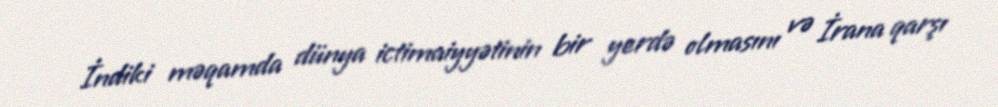
İndiki məqamda dünya ictimaiyyətinin bir yerdə olmasını və İrana qarşı